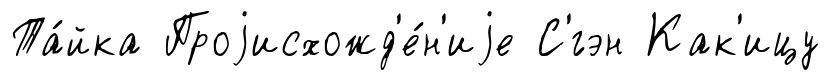
Та́йка Проjисхожд'е́н'иjе С'́гэн Как'ицу